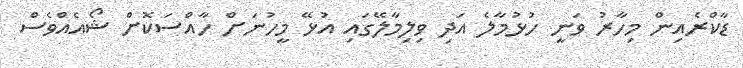
ޑާކްރެއިން މިހާރު ވަނީ ހުޅުމާލެ އަދި ވިލިމާލޭގައި އުޅޭ މީހުނަށް ހާއްސަކޮށް ޝޯއެއްވެސް